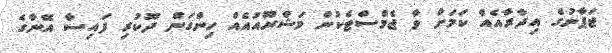
ޖަޕާނުގެ އިދާރާއެއް ކަމަށް ވާ ޖެމްސްޓެކުން މަޝްރޫއުއެއް ހިންގަން ދޫކުރި ފައިސާ އޭނާގެ